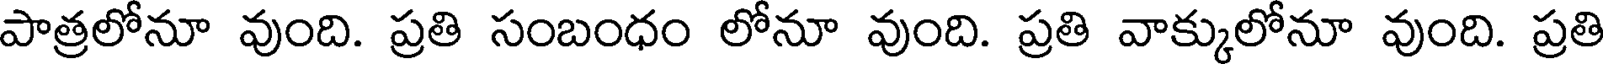
పాత్రలోనూ వుంది. ప్రతి సంబంధం లోనూ వుంది. ప్రతి వాక్కులోనూ వుంది. ప్రతి